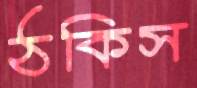
ঠকিস